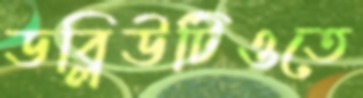
ডব্লিউটিওতে